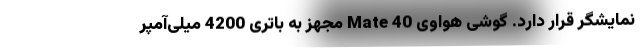
نمایشگر قرار دارد. گوشی هواوی Mate 40 مجهز به باتری 4200 میلی‌آمپر